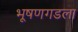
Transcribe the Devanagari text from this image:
भूषणगडला